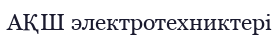
АҚШ электротехниктері